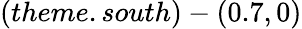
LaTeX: (theme.south)-(0.7,0)